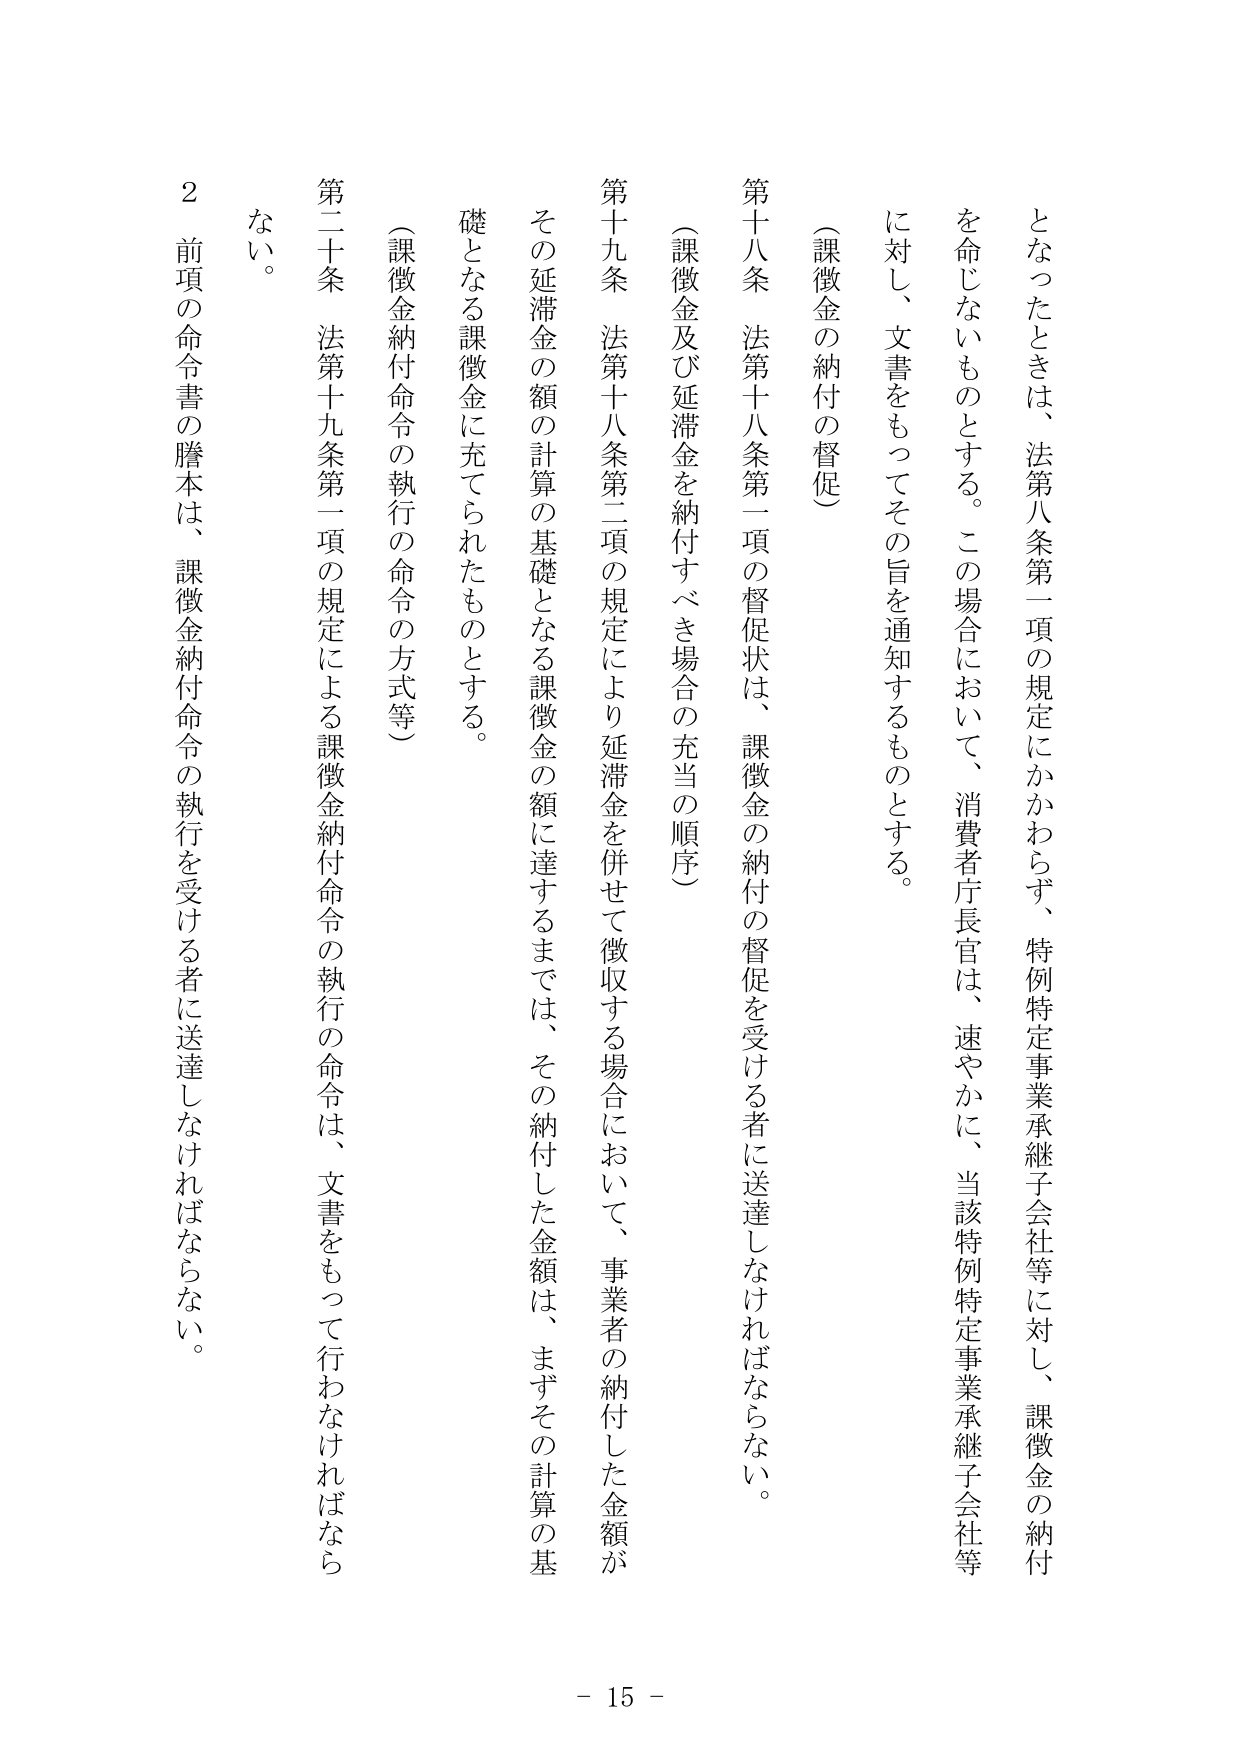
となったときは、法第八条第一項の規定にかかわらず、特例特定事業承継子会社等に対し、課徴金の納付を命じないものとする。この場合において、消費者庁長官は、速やかに、当該特例特定事業承継子会社等に対し、文書をもってその旨を通知するものとする。

（課徴金の納付の督促）

第十八条 法第十八条第一項の督促状は、課徴金の納付の督促を受ける者に送達しなければならない。

（課徴金及び延滞金を納付すべき場合の充当の順序）

第十九条 法第十八条第二項の規定により延滞金を併せて徴収する場合において、事業者の納付した金額がその延滞金の額の計算の基礎となる課徴金の額に達するまでは、その納付した金額は、まずその計算の基礎となる課徴金に充てられたものとする。

（課徴金納付命令の執行の命令の方式等）

第二十条 法第十九条第一項の規定による課徴金納付命令の執行の命令は、文書をもって行わなければならない。

２ 前項の命令書の謄本は、課徴金納付命令の執行を受ける者に送達しなければならない。

- 15 -